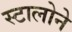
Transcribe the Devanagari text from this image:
स्टालोने